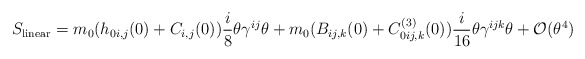
\begin{align*}S_{{\rm linear}} = m_0 (h_{0i,j}(0) +C_{i,j}(0)) {i \over 8} \theta \gamma^{ij} \theta + m_0 (B_{ij,k}(0) + C^{(3)}_{0ij,k}(0)) {i \over 16} \theta \gamma^{ijk} \theta +{\cal O} (\theta^4)\end{align*}